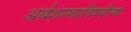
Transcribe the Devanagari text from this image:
अर्थशास्त्राविषयीच्या